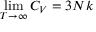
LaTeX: \operatorname* { l i m } _ { T \rightarrow \infty } C _ { V } = 3 N k